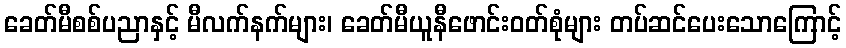
ခေတ်မီစစ်ပညာနှင့် မီလက်နက်များ၊ ခေတ်မီယူနီဖောင်းဝတ်စုံများ တပ်ဆင်ပေးသောကြောင့်